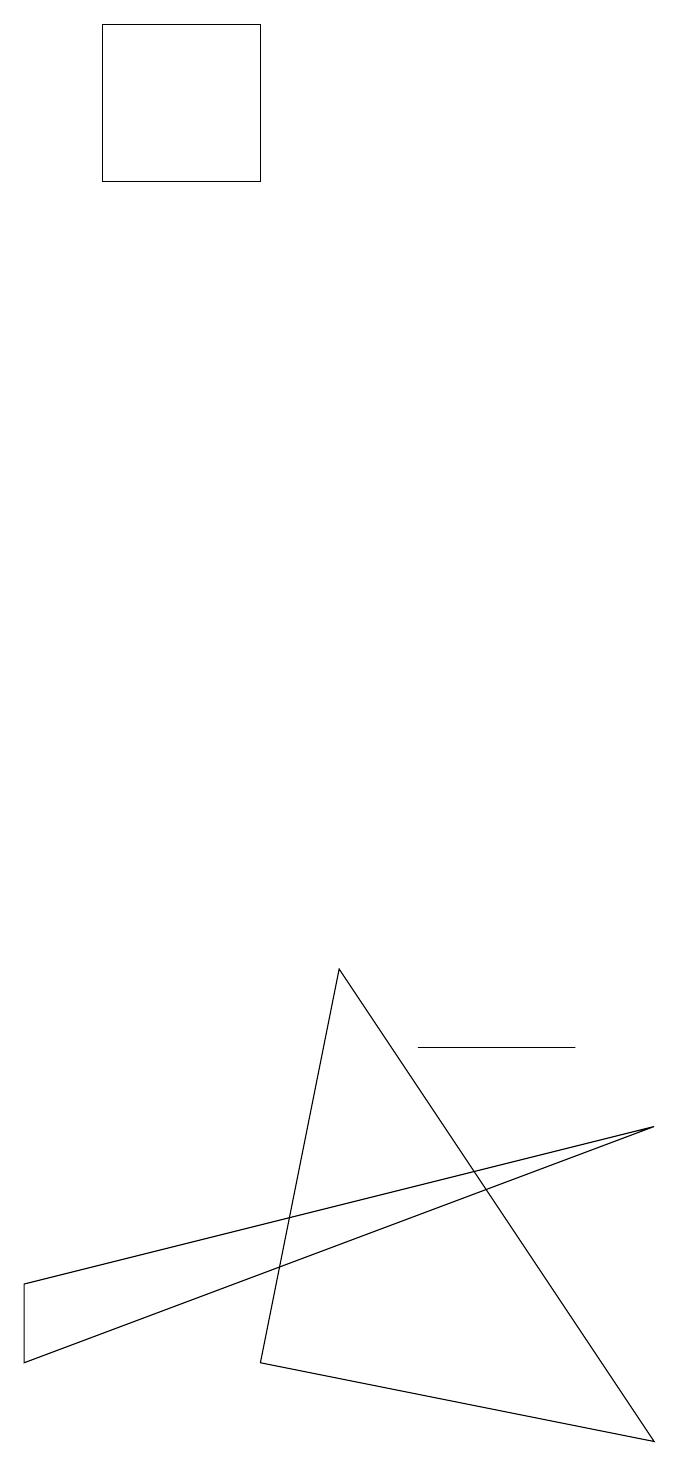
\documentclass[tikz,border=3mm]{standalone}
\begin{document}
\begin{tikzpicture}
\draw (5,6) -- (4,1) -- (9,0) -- cycle;
\draw (8,5) -- (6,5) -- (8,5) -- cycle;
\draw (2,18) rectangle (4,16);
\draw (9,4) -- (1,1) -- (1,2) -- cycle;
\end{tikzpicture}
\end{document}